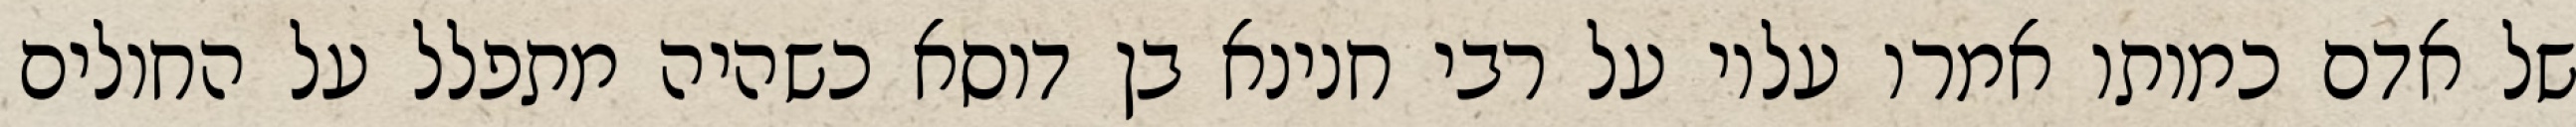
של אדם כמותו אמרו עליו על רבי חנינא בן דוסא כשהיה מתפלל על החולים